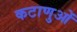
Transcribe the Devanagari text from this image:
कटाणुओं